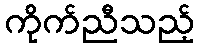
ကိုက်ညီသည့်